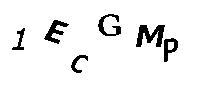
1ECGMP